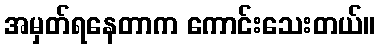
အမှတ်ရနေတာက ကောင်းသေးတယ်။